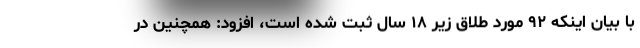
با بیان اینکه ۹۲ مورد طلاق زیر ۱۸ سال ثبت شده است، افزود: همچنین در